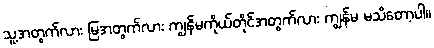
သူ့အတွက်လား မြအတွက်လား ကျွန်မကိုယ်တိုင်အတွက်လား ကျွန်မ မသိတော့ပါ။